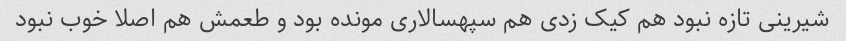
شیرینی تازه نبود هم کیک زدی هم سپهسالاری مونده بود و طعمش هم اصلا خوب نبود